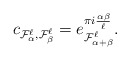
\begin{align*} c_{ \mathcal F_{\alpha}^\ell, \mathcal F_{\beta}^\ell} = e^{\pi i \frac{\alpha\beta}{\ell}} _{ \mathcal F_{\alpha+\beta}^\ell}. \end{align*}